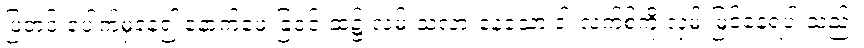
ပြတင်းပေါက်မှနေ၍ နောက်ဖေးခြံဝင်းထဲ၌ လမ်းသလားနေသော ဒါးလက်စ်ကို လှမ်းမြင်နေရပါ သည်။